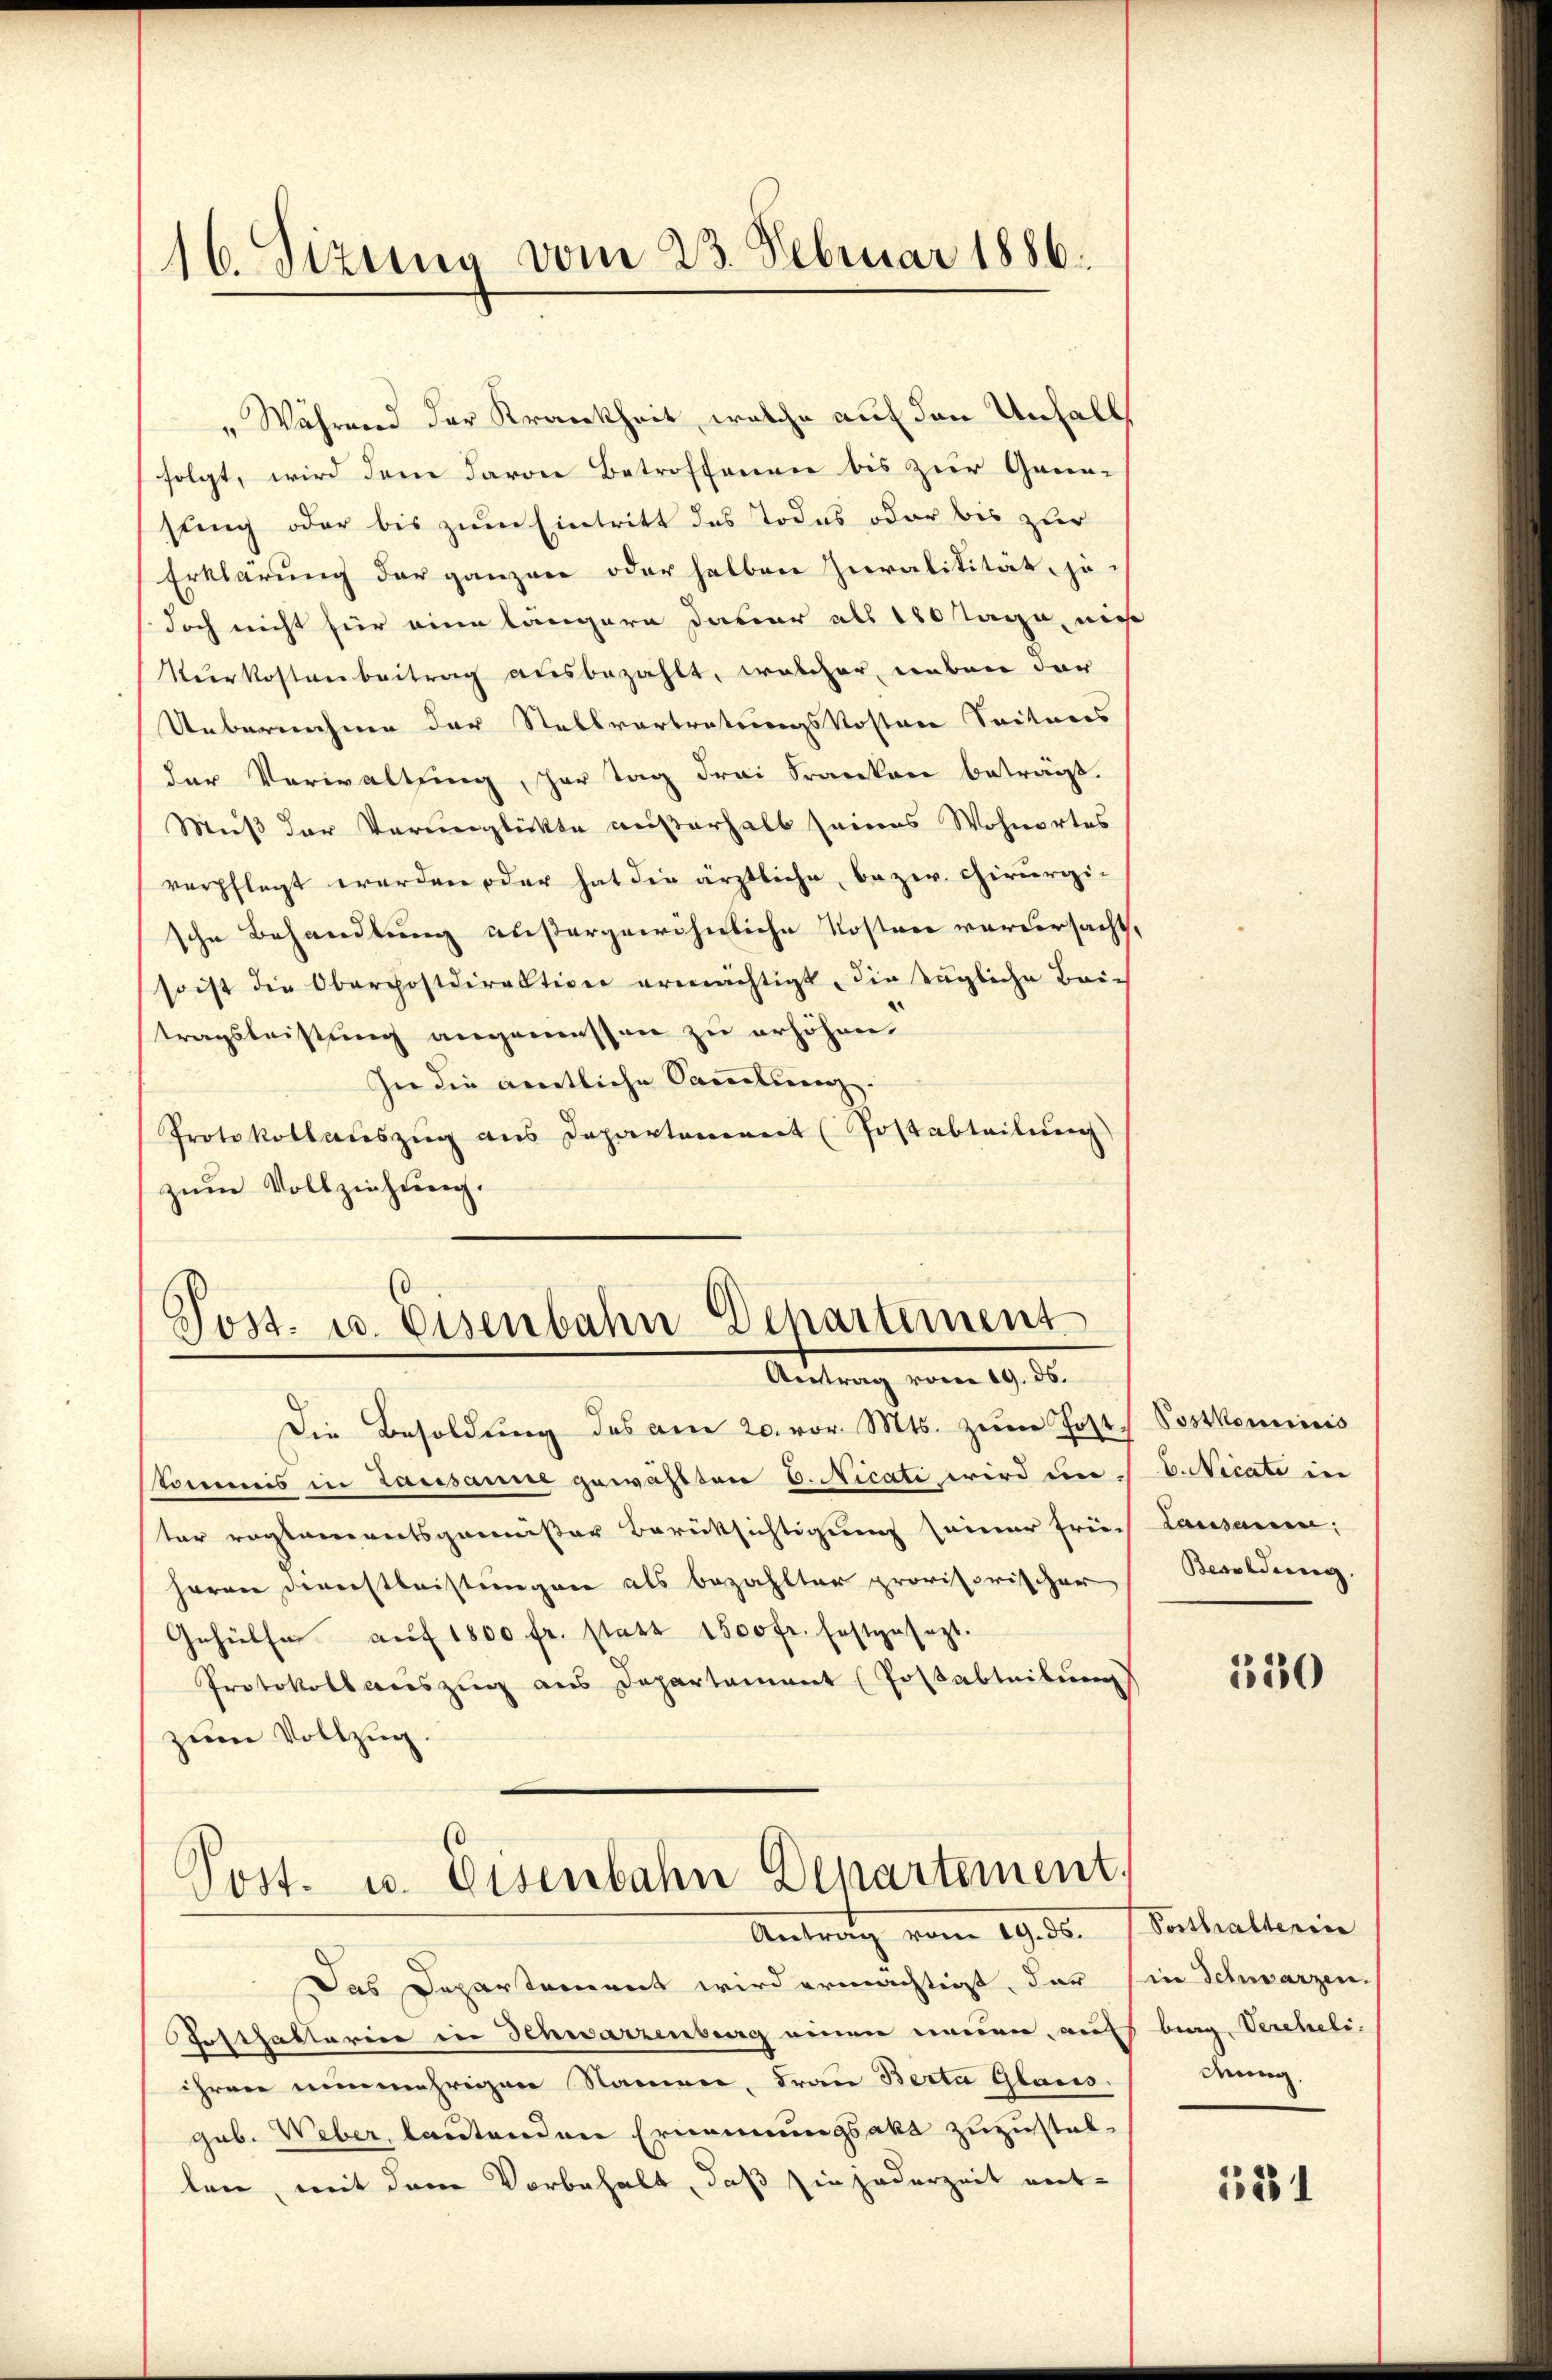
16. Sizung vom 23. Februar 1886.

" Während der Krankheit, welche auf den Unfalls
folgt, wird dem davon Betroffenen bis zur Gannsung oder bis zum Eintritt des Todes oder bis zur
Erklärung der ganzen oder halben heralitität, je-
(doch nicht für eine längere davor als 180 Tage, nich
Verkostenbeitrag ausbezahlt, welcher, neben der
Uebernahme der Stellvertretungskostere Seiteres
der Verwaltung, her tag drei Franken beträgt.
Muß der Verunglückte außerhalb seines Wohnortes
verpflegt werden oder hat die ärztliche, bezw. Chirurgische Behandlung außergewöhnliche Kosten vordersacht,
so ist die Oberpostdirektion ermächtigt, die tägliche Britragsleistung angemessen zu erhöhen.
sie die amtliche Sammlung.
Protokollauszug aus Departement (Postabteilung)
zum Vollziehung.

Post- u. Eisenbahn Departement
Antrag vom 19. ds.

Die Besoldŭng des am 20. vor. Mts. zŭm Post
Commis in Lausanne gewählten 6. Nicati wird in   E. Micati in
ter reglementsganister Berüksichtigung seiner früh Lausanen,
Herrn Devestleistungen als bezahlter provisorischer Besoldung.
Gehülfe aŭf 1800 fr. statt 1500 fr. festgesezt.
Protokollauszug aus Departament (Postabteilung
zum Vollzug.
Post. u. Eisenbahn Departement,
Antrag vom 29.50. Schallerin
Das Departement wird ermächtigt, dar
Gosthalterie in Schwarzenberg einen neuen, auf
ihren nunmehrigen Namen, Frau Berta Glans.
geb. Weber, lautenden Ernennungsakt zuzustellen, mit dem Vorbehalt, daß sie jederzeit ent-

Postkominis

350

in Schwarzen.
burg, Vereheli
dung.

131